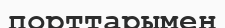
порттарымен